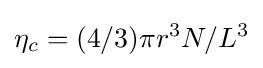
\eta _{c}=(4/3)\pi r^{3}N/L^{3}